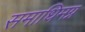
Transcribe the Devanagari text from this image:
समाधिमग्न